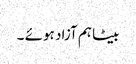
بیٹا ہم آزاد ہوئے ۔